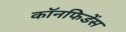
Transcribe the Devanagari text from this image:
कॉनफिडेंस